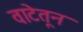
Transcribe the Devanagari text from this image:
वाटेतून